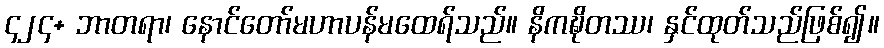
၄၂၄+ ဘာတရာ၊ နောင်တော်မဟာပန်မထေရ်သည်။ နိကဍ္ဎိတဿ၊ နှင်ထုတ်သည်ဖြစ်၍။